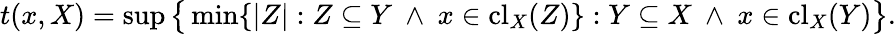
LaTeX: t(x,X)=\operatorname*{sup}{\big\{ }\operatorname*{min}\{ |Z|:Z\subseteq Y\ \wedge\ x\in\mathrm{{cl}}_{X}(Z)\} :Y\subseteq X\ \wedge\ x\in\mathrm{{cl}}_{X}(Y){\big\} }.